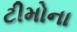
ટીમોના